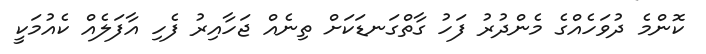
ކޮންމެ ދުވަހެއްގެ މެންދުރު ފަހު ގާތްގަނޑަކަށް ތިނެއް ޖަހާއިރު ފެހި އާފަލެއް ކެއުމަކީ